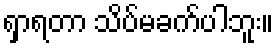
ရှာရတာ သိပ်မခက်ပါဘူး။